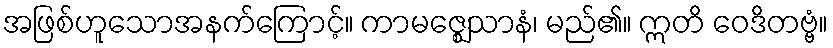
အဖြစ်ဟူသောအနက်ကြောင့်။ ကာမဇ္ဈေသာနံ၊ မည်၏။ ဣတိ ဝေဒိတဗ္ဗံ။